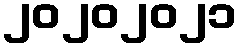
၂၀၂၀၂၀၂၁